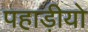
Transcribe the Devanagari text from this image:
पहाड़ीयो